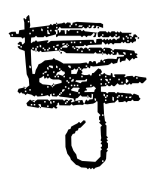
Text: by
Cross-out: mix
Writing tool: digital_black